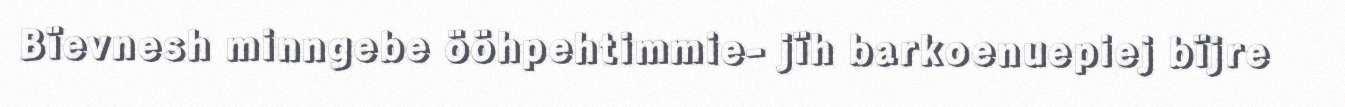
Bïevnesh minngebe ööhpehtimmie- jïh barkoenuepiej bïjre